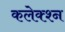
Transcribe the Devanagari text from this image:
कलेक्श्न